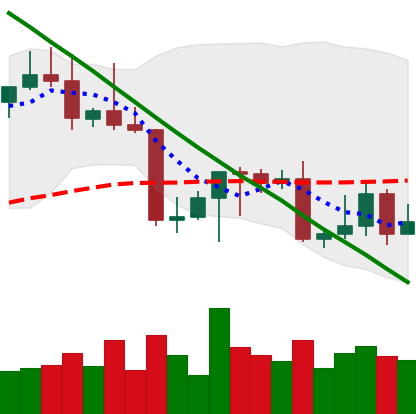
Ticker: LTC-USD
Chart end date: 2022-08-31
Forward return: 12.18%
Label: up_7plus